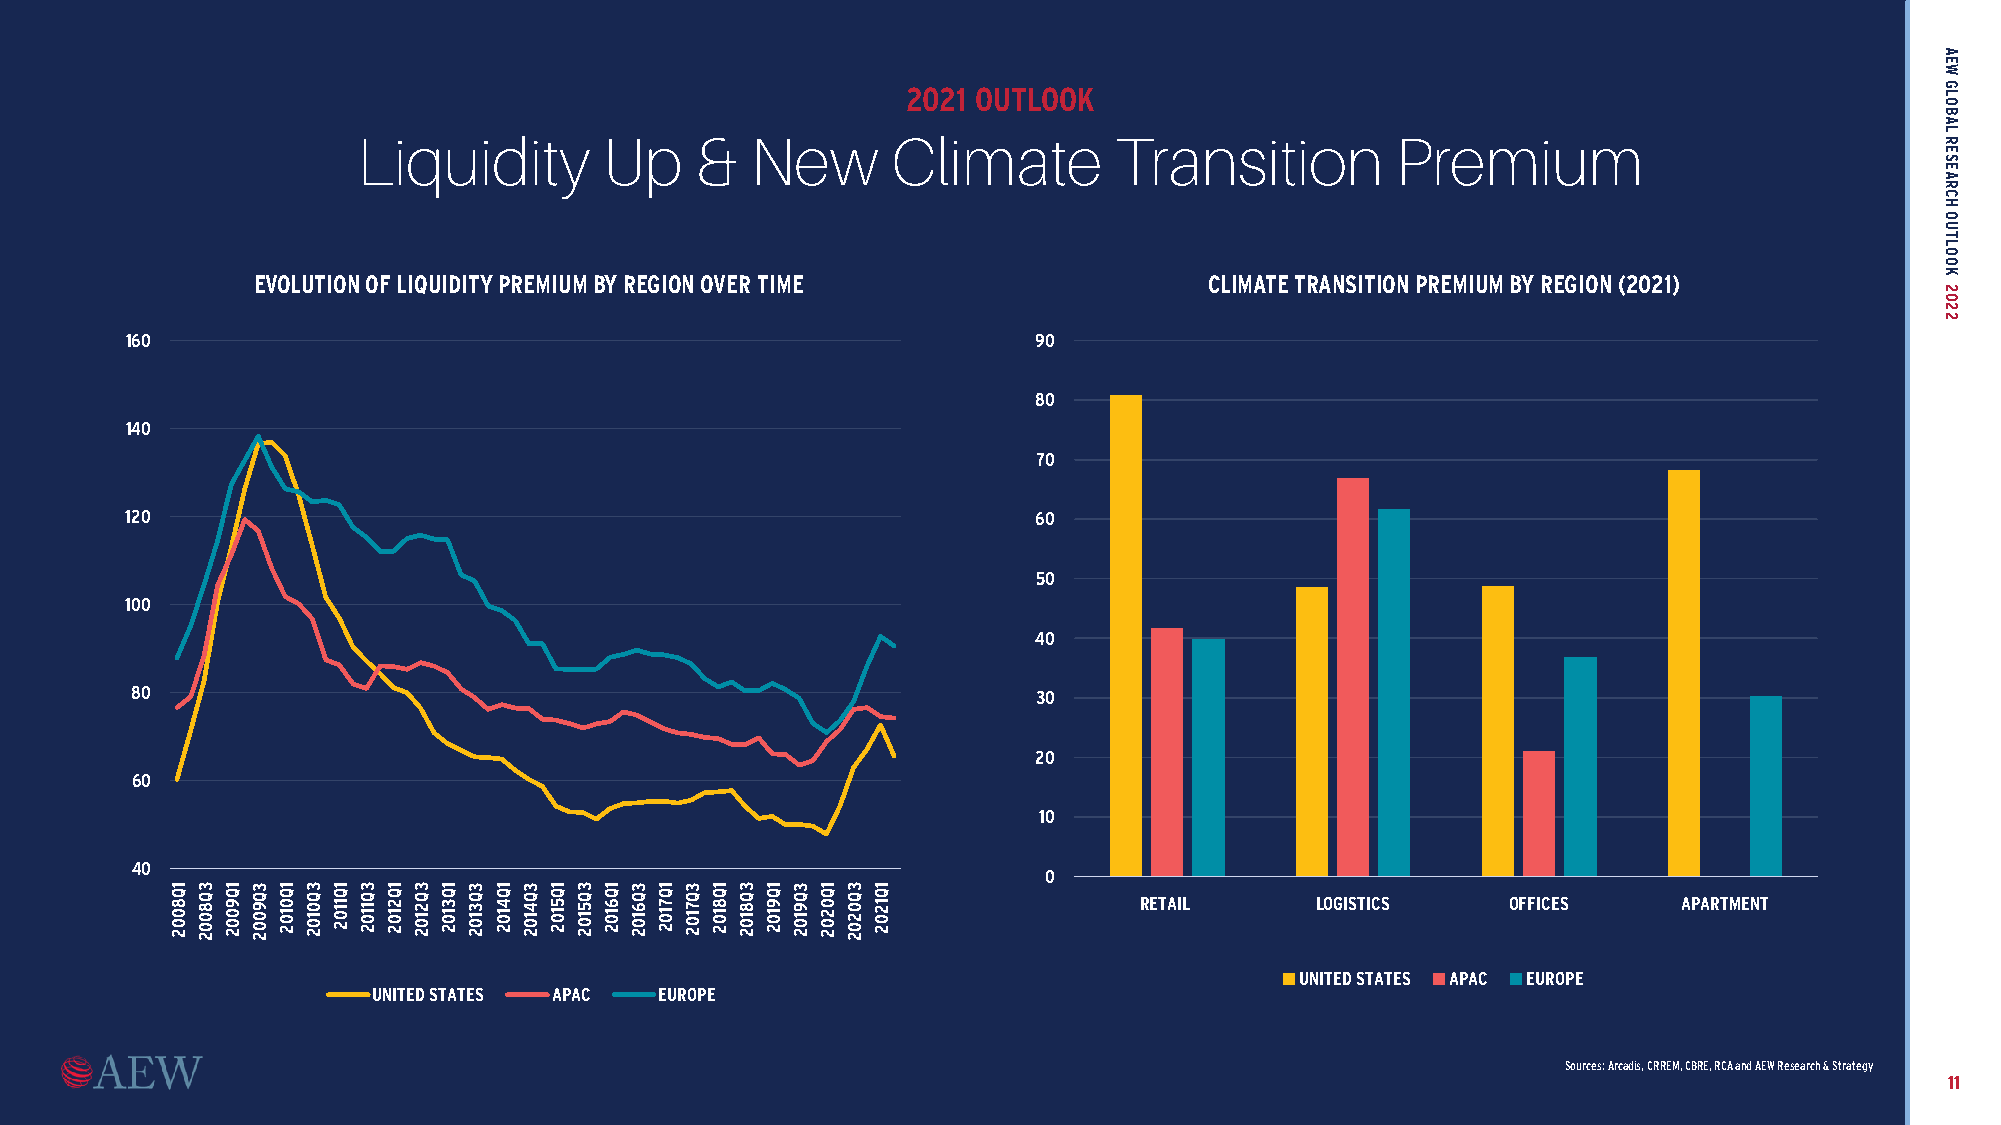
2021 OUTLOOK
 Liquidity       Up    &   New      Climate        Transition        Premium
 EVOLUTION OF LIQUIDITY PREMIUM BY REGION OVER TIME             CLIMATE TRANSITION PREMIUM BY REGION (2021)
 160                                                          90
 80
 140
 70
 120                                                          60
 50
 100
 40
 80                                                          30
 20
 60
 10
 40
 0
 RETAIL      LOGISTICS    OFFICES    APARTMENT
 UNITED STATES APAC EUROPE
 UNITED STATES APAC EUROPE
 Sources: Arcadis, CRREM, CBRE, RCA and AEW Research & Strategy
 11
 1Q8002 3Q8002 1Q9002 3Q9002 1Q0102 3Q0102 1Q1102 3Q1102 1Q2102 3Q2102 1Q3102 3Q3102 1Q4102 3Q4102 1Q5102 3Q5102 1Q6102 3Q6102 1Q7102 3Q7102 1Q8102 3Q8102 1Q9102 3Q9102 1Q0202 3Q0202 1Q1202
 AEW
 GLOBAL
 RESEARCH
 OUTLOOK
 2022